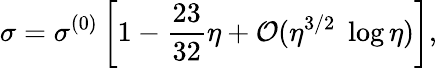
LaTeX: \sigma=\sigma^{(0)}\left[1-\frac{23}{32}\eta+{\cal O}(\eta^{3/2}\; \log\eta)\right],